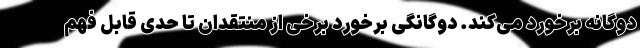
دوگانه برخورد می‌کند. دوگانگی برخورد برخی از منتقدان تا حدی قابل فهم